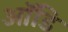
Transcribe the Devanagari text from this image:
ऑडि